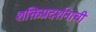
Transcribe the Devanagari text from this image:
शक्तिप्रदर्शनाची